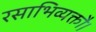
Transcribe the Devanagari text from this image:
रसाभिव्यक्तौ।